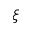
\xi